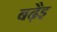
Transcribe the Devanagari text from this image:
बढ़ैइ